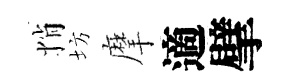
悄坊摩適擘